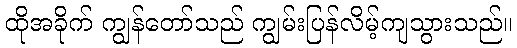
ထိုအခိုက် ကျွန်တော်သည် ကျွမ်းပြန်လိမ့်ကျသွားသည်။